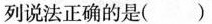
列说法正确的是（ ）